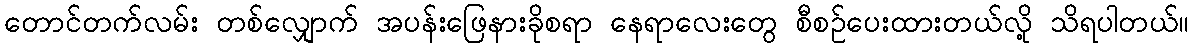
တောင်တက်လမ်း တစ်လျှောက် အပန်းဖြေနားခိုစရာ နေရာလေးတွေ စီစဉ်ပေးထားတယ်လို့ သိရပါတယ်။